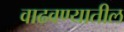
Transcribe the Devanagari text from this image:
वाढवण्यातील